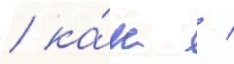
/ ка́к